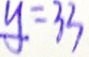
y = 3 3